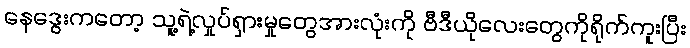
နေဒွေးကတော့ သူ့ရဲ့လှုပ်ရှားမှုတွေအားလုံးကို ဗီဒီယိုလေးတွေကိုရိုက်ကူးပြီး